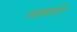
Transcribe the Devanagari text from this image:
नल्लारि